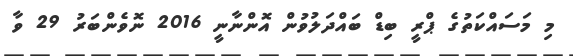
މި މަސައްކަތުގެ ޕްރީ ބިޑް ބައްދަލުވުން އޮންނާނީ 2016 ނޮވެންބަރު 29 ވާ